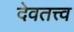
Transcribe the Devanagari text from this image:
देवतत्त्व